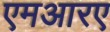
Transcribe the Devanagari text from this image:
एमआरए